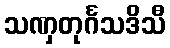
သဏှတုင်္ဂသဒိသီ